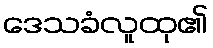
ဒေသခံလူထု၏